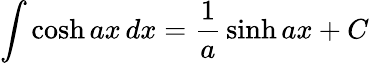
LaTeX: \int\cosh ax\, dx={\frac{1}{a}}\sinh ax+C